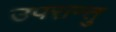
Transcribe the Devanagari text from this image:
उपरान्तु